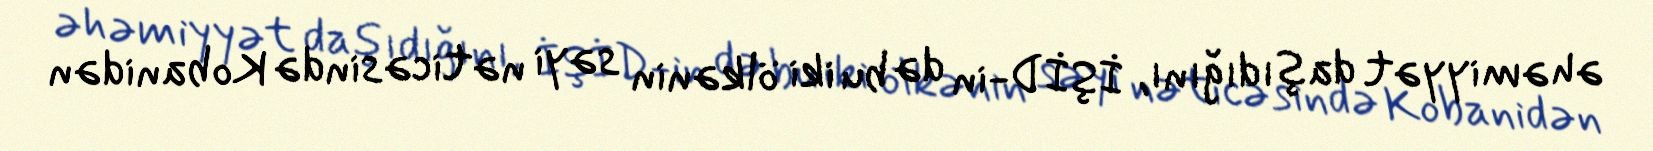
əhəmiyyət daşıdığını, İŞİD-in də bu iki ölkənin səyi nəticəsində Kobanidən